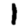
Digit: 1